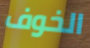
الخوف